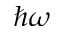
\hbar \omega